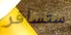
ستسافر